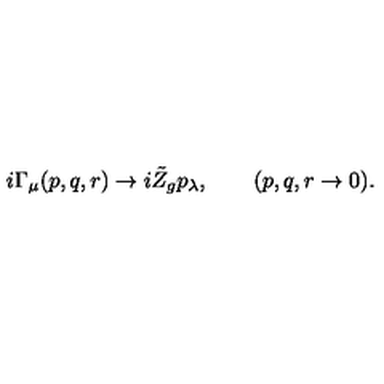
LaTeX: i \Gamma _ { \mu } ( p , q , r ) \to i \tilde { Z } _ { g } p _ { \lambda } , \qquad ( p , q , r \to 0 ) .